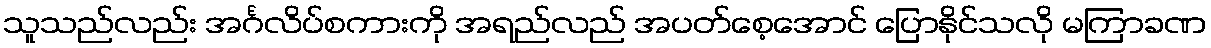
သူသည်လည်း အင်္ဂလိပ်စကားကို အရည်လည် အပတ်စေ့အောင် ပြောနိုင်သလို မကြာခဏ